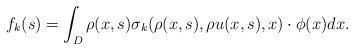
LaTeX: \begin{align*}&f_{k}(s) = \int_{D}\rho(x,s)\sigma_{k}(\rho(x,s),\rho u(x,s),x) \cdot \phi(x)dx .\end{align*}